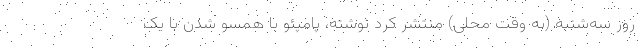
روز سه‌شنبه (به وقت محلی) منتشر کرد نوشته، پامپئو با همسو شدن با یک